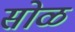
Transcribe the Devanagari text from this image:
सोळ